Indian journal of veterinary science and animal husbandry - Volumes 28-29, 1958-1959
Year: 1958
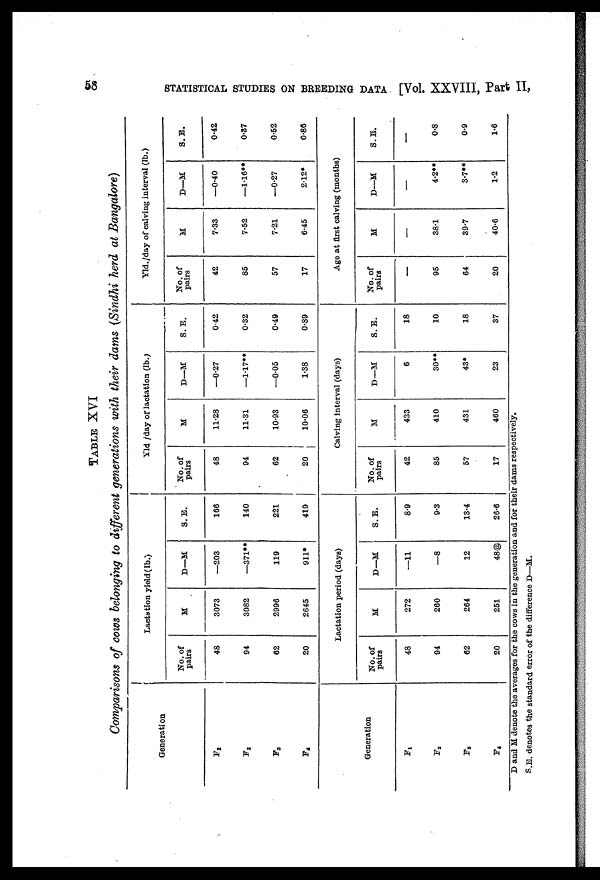
58
STATISTICAL STUDIES ON BREEDING DATA [Vol. XXVIII, Part II,
TABLE XVI
Comparisons of cows belonging to different generations with their dams (Sindhi herd at Bangalore)
Generation
F1
F2
F3
F4
Generation
F1
F2
F3
F4
Lactation yield (lb.)
No. of
pairs
48
94
62
20
M
3073
3082
2996
2645
D—M
—203
—371**
119
911*
S. E.
166
140
221
419
Lactation period (days)
No. of
pairs
48
94
62
20
M
272
260
264
251
D—M
—11
—8
12
48@
S. E.
8.9
9.3
13.4
26.6
Yld /day of lactation (lb.)
No. of
pairs
48
94
62
20
M
11.28
11.31
10.93
10.06
D—M
—0.27
—1.17**
—0.05
1.38
S. E.
0.42
0.32
0.49
0.89
Calving interval (days)
No. of
pairs
42
85
57
17
M
433
410
431
460
D—M
6
30**
43*
23
S. E.
18
10
18
37
Yld./day of calving interval (lb.)
No. of
pairs
42
85
57
17
M
7.33
7.52
7.21
6.45
D—M
—0.40
—1.16**
—0.27
2.12*
S. E.
0.42
0.37
0.52
0.86
Age at first calving (months)
No. of
pairs
—
95
64
20
M
—
38.1
39.7
40.6
D—M
—
4.2**
3.7**
1.2
S. E.
—
0.8
0.9
1.6
D and M denote the averages for the cows in the generation and for their dams respectively.
S.E. denotes the standard error of the difference D—M.